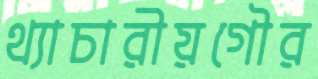
থ্যাচারীয়গৌর